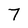
Character: 7